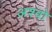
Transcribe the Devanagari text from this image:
अश्वो